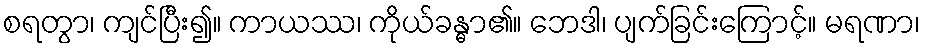
စရတွာ၊ ကျင်ပြီး၍။ ကာယဿ၊ ကိုယ်ခန္ဓာ၏။ ဘေဒါ၊ ပျက်ခြင်းကြောင့်။ မရဏာ၊